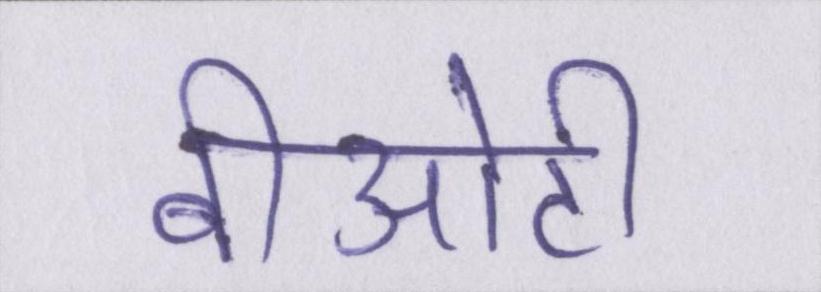
बीओटी